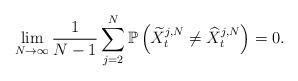
LaTeX: \begin{align*}\lim_{N\to \infty}\frac{1}{N-1} \sum_{j=2}^N \mathbb{P}\left( \widetilde{X}^{j,N}_t\neq \widehat{X}^{j,N}_t \right)=0.\end{align*}